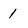
Character: 1